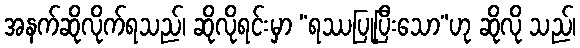
အနက်ဆိုလိုက်ရသည်၊ ဆိုလိုရင်းမှာ “ရဿပြုပြီးသော”ဟု ဆိုလို သည်၊